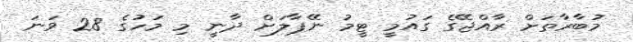
މުބާރާތަށް ރާއްޖޭގެ ގައުމީ ޓީމު ނޭޕާލަށް ދާނީ މި މަހުގެ 28 ވަނަ